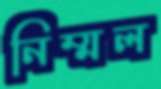
নিম্মল